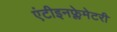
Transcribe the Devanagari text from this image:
एंटीइनफ्लेमेटरी